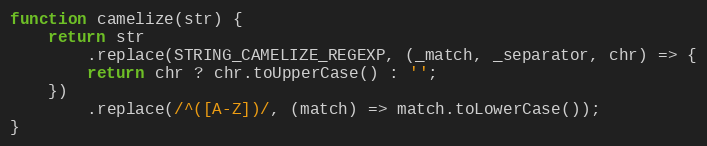
Language: JavaScript
function camelize(str) {
    return str
        .replace(STRING_CAMELIZE_REGEXP, (_match, _separator, chr) => {
        return chr ? chr.toUpperCase() : '';
    })
        .replace(/^([A-Z])/, (match) => match.toLowerCase());
}